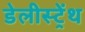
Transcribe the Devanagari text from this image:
डेलीस्ट्रेंथ